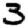
Digit: 3